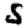
Digit: 5